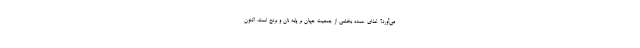
می‌آورد؟ غذای عمده بخشی از جمعیت جهان بر پایه نان و برنج است، اکنون